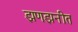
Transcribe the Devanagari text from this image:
झणझनीत